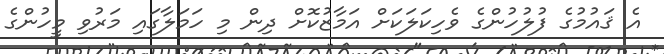
އެ ޤައުމުގެ ފުލުހުންގެ ވެހިކަލަކަށް އަމާޒުކޮށް ދިން މި ހަމަލާގައި މަރުވި މީހުންގެ